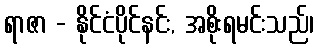
ရာဇာ - နိုင်ငံပိုင်နင်း, အစိုးရမင်းသည်၊